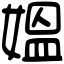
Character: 媼